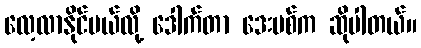
လေ့လာနိုင်မယ်လို့ ဒေါက်တာ ဒေးဗစ်က ဆိုပါတယ်။